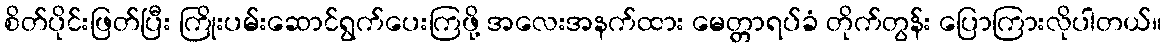
စိတ်ပိုင်းဖြတ်ပြီး ကြိုးပမ်းဆောင်ရွက်ပေးကြဖို့ အလေးအနက်ထား မေတ္တာရပ်ခံ တိုက်တွန်း ပြောကြားလိုပါတယ်။